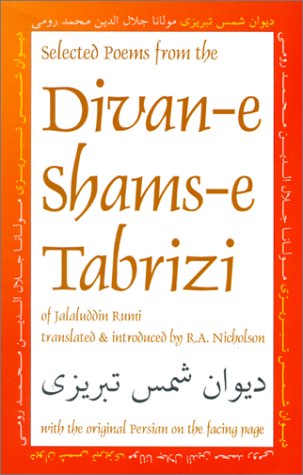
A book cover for Selected Poems from the Divan-e Shams-e Tabrizi: Along With the Original Persian (Classics of Persian Literature, 5); Jalaluddin Rumi; Religion & Spirituality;